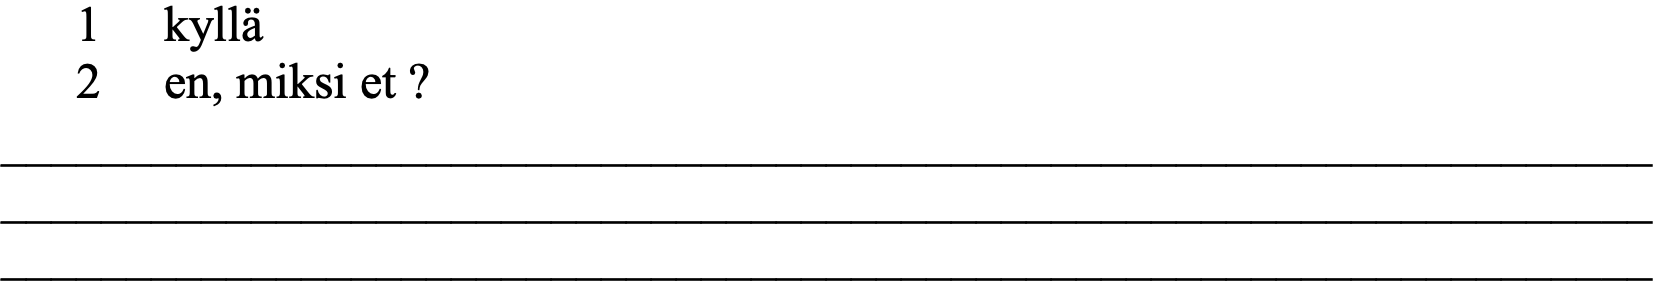
1  kyllä 2  en, miksi et ? __________________________________________________________________ __________________________________________________________________ __________________________________________________________________